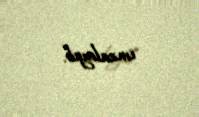
imzalayıb.